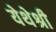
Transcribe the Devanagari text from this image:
येथेश्री